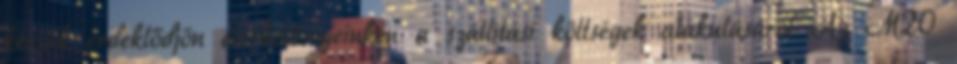
kérjük érdeklődjön elérhetőségeinken a szállítási költségek alakulásáról Az M20